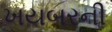
ખયબરની